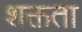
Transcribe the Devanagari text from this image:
शक्तता